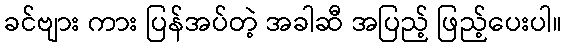
ခင်ဗျား ကား ပြန်အပ်တဲ့ အခါဆီ အပြည့် ဖြည့်ပေးပါ။